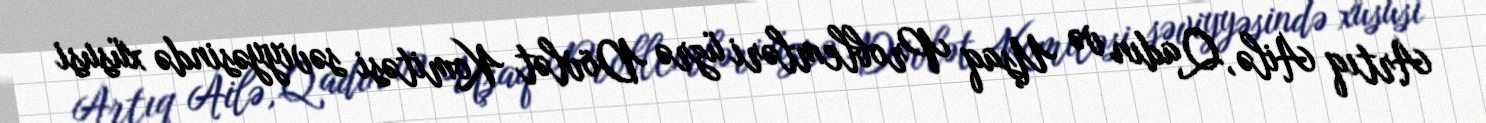
Artıq Ailə, Qadın və Uşaq Problemləri üzrə Dövlət Komitəsi səviyyəsində xüsusi